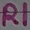
Text: R1